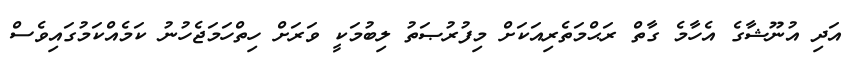
އަދި އުނޫޝާގެ އެހާމެ ގާތް ރަޙްމަތެރިއަކަށް މިފުރުޞަތު ލިބުމަކީ ވަރަށް ހިތްހަމަޖެހުނު ކަމެއްކަމުގައިވެސް